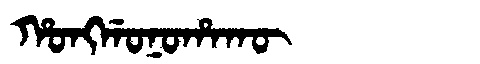
Manchu: ᡥᠣᠩᡤᠣᠨᠣᡥᠠᡴᡡ
Romanization: HONGGONOHAKŪ